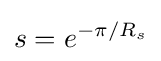
s=e^{-\pi /{R_{s}}}